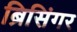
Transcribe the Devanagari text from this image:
ब्रिसिंगर